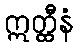
ဣတ္ထီနံ